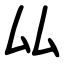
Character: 厸